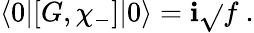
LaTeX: \langle0|[G,\chi_{-}]|0\rangle=\mathbf{i}\sqrt{}{{f}}~.